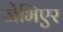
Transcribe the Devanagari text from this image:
जेभिएर